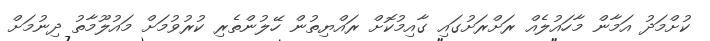
ކުށްމަދު އަމާން މާހައުލެއް ރަށްރަށުގައި ގާއިމުކޮށް ރައްޔިތުން ހޭލުންތެރި ކުރުވުމަށް މައުލޫމާތު ދިނުމަށް